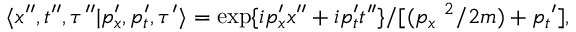
\langle x ^ { \prime \prime } , t ^ { \prime \prime } , \tau ^ { \prime \prime } | p _ { x } ^ { \prime } , p _ { t } ^ { \prime } , \tau ^ { \prime } \rangle = \exp \{ i p _ { x } ^ { \prime } x ^ { \prime \prime } + i p _ { t } ^ { \prime } t ^ { \prime \prime } \} / [ ( { p _ { x } } ^ { \ 2 } / 2 m ) + { p _ { t } } ^ { \prime } ] ,